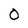
Character: 0